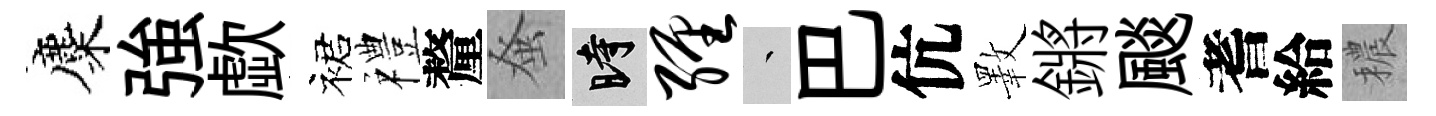
麋強歔裙禮釐𫊫时缠叢巴伉斁鏘颷耆給穠